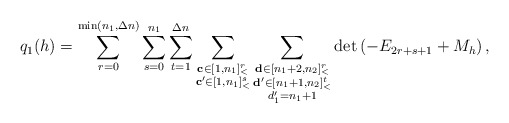
\begin{align*}q_1(h)=\sum\limits_{r=0}^{\min(n_1,\Delta n)}\sum\limits_{s=0}^{n_1}\sum\limits_{t=1}^{\Delta n}\sum\limits_{\substack{\mathbf{c}\in [1,n_1]_<^r\\\mathbf{c'}\in [1,n_1]_<^s}}\sum\limits_{\substack{\mathbf{d}\in [n_1+2,n_2]_<^r\\\mathbf{d'}\in [n_1+1,n_2]_<^t\\d'_1=n_1+1}}\det\left(-E_{2r+s+1}+M_h\right),\end{align*}